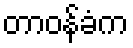
တာဝန်ခံက